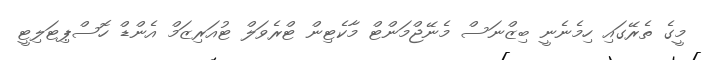
މީގެ ތެރޭގައި ހިމެނެނީ ބިޒްނަސް މެނޭޖްމަންޓް މާކެޓިން ޓްރެވަލް ޓުއަރިޒަމް އެންޑް ހޮސްޕިޓަލިޓީ